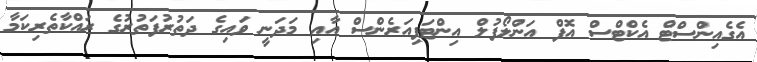
އެގެއިންސްޓް އެކްޓްސް އޮފް އަންލޯފުލް އިންޓަފިއަރެންސް އާއި މަދަނީ ވައިގެ ދަތުރުފަތުރުގެ ރައްކާތެރިކަމާ